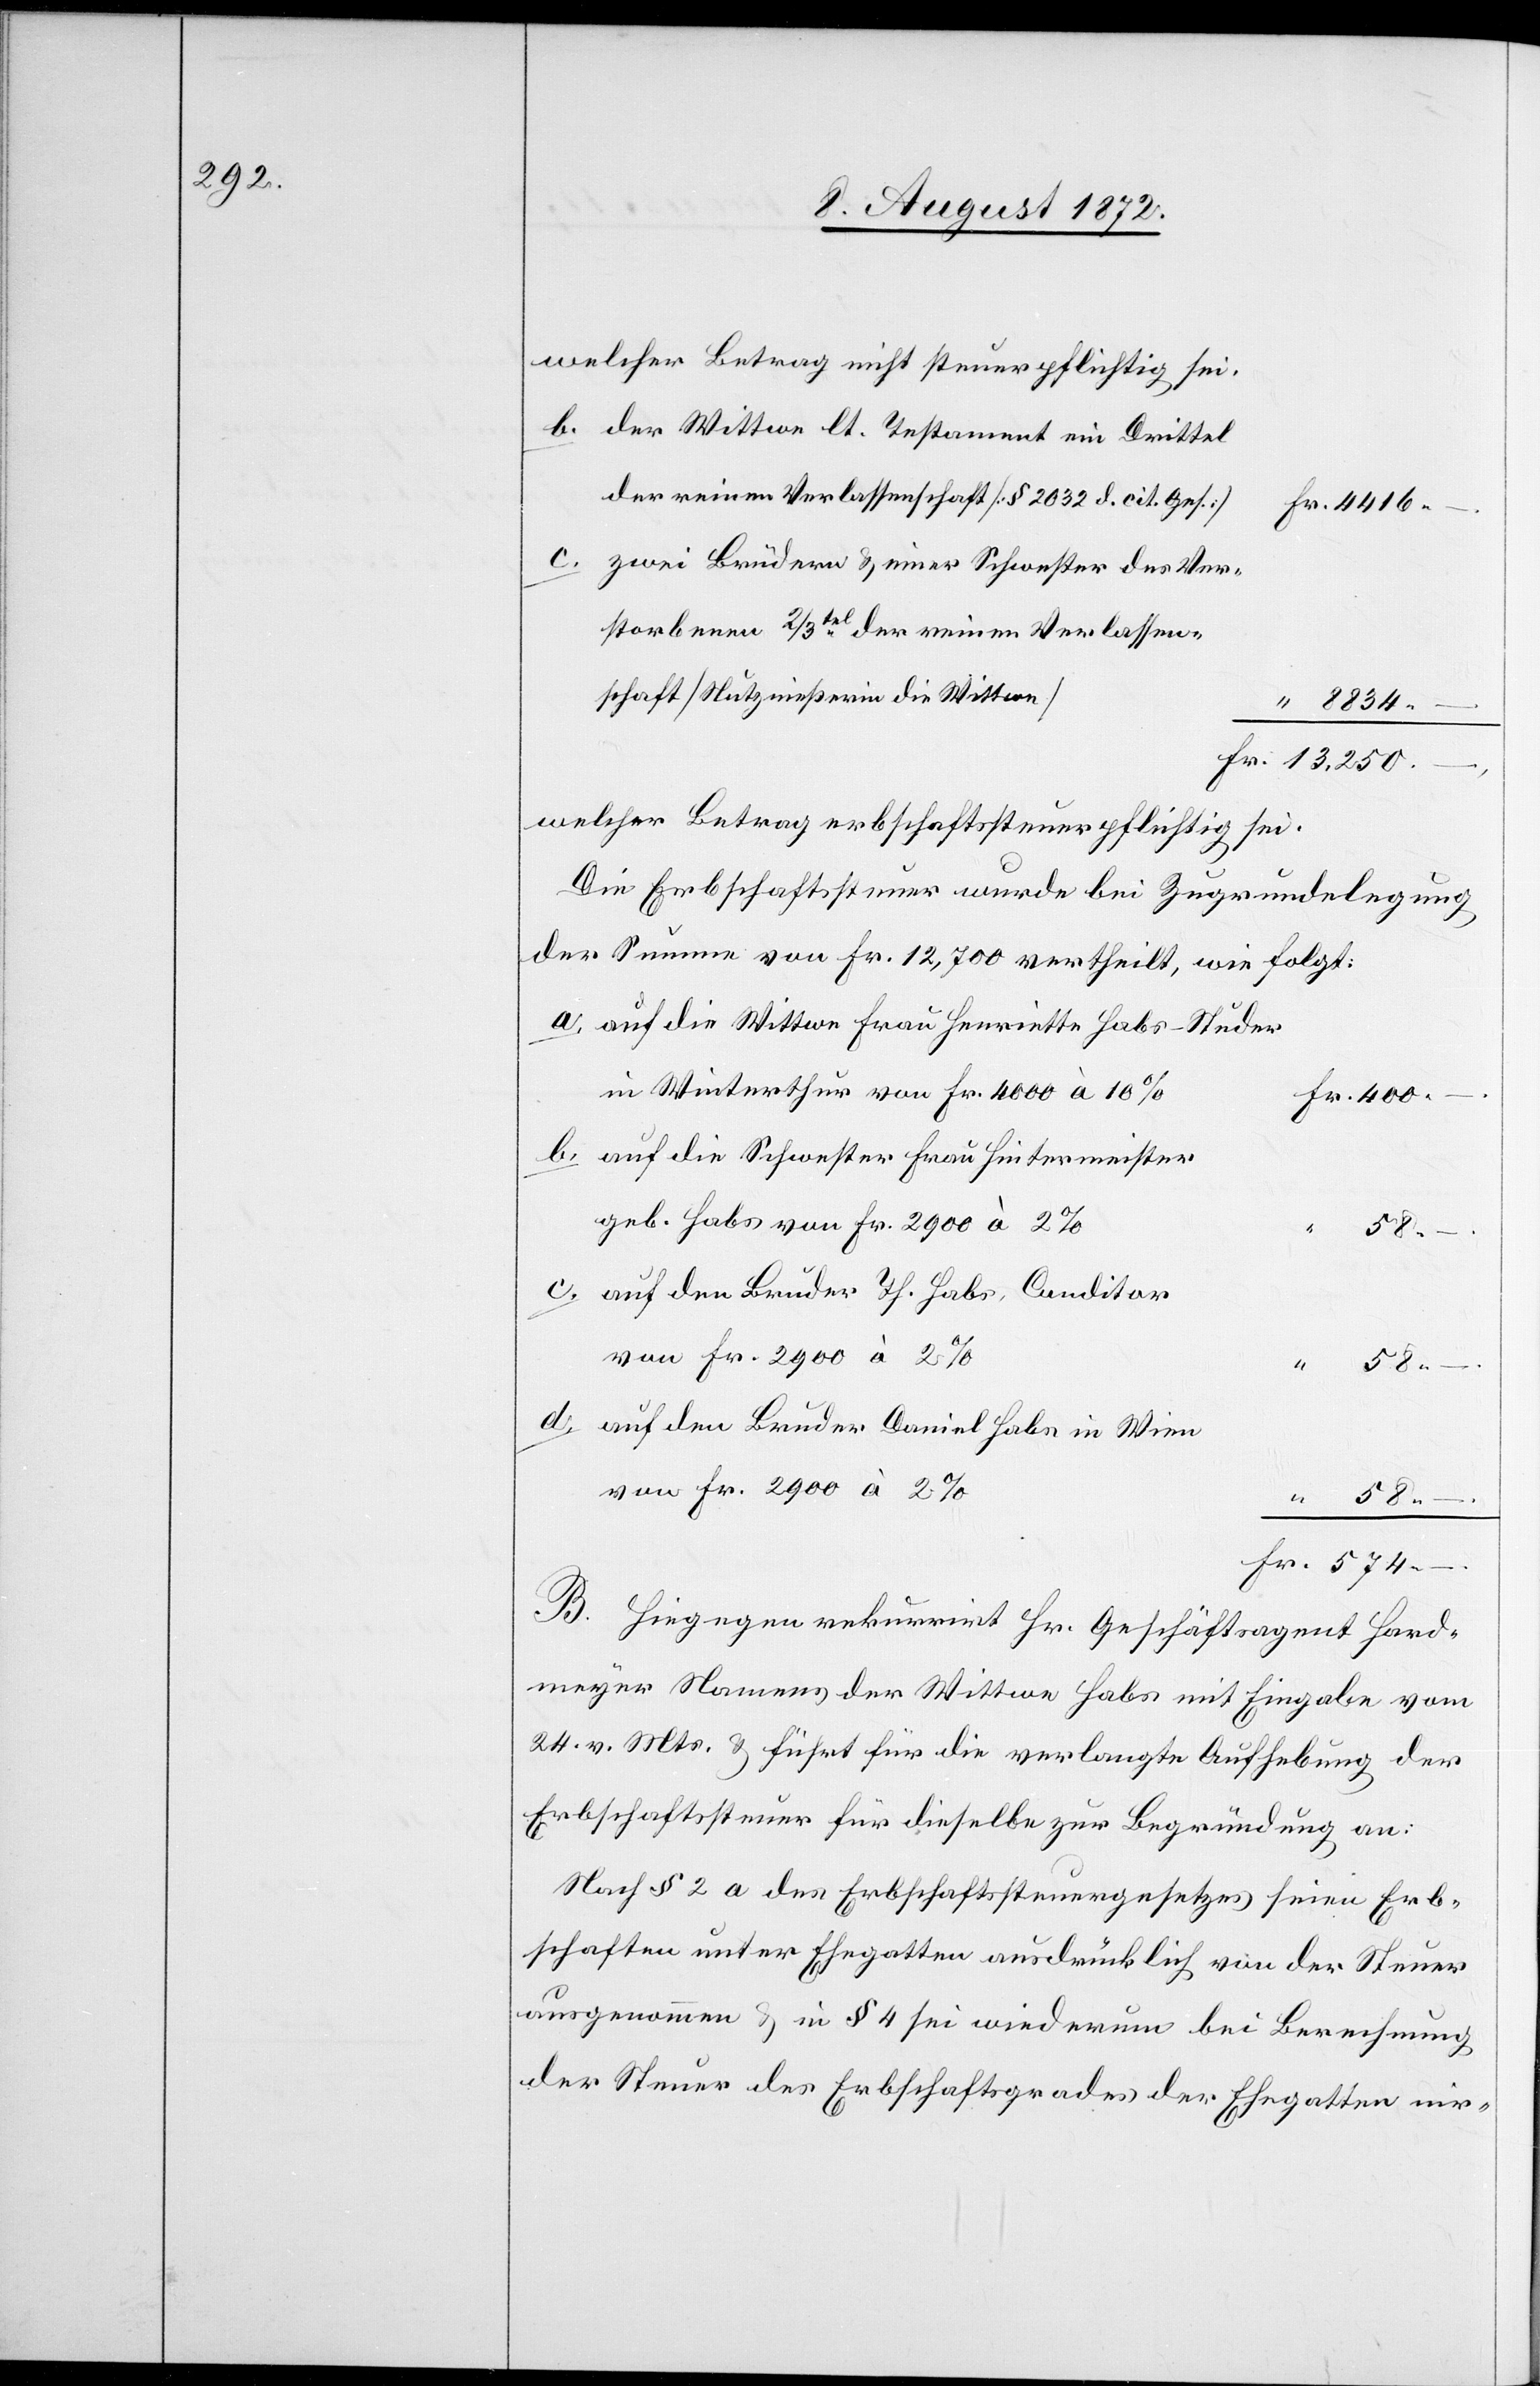
welcher Betrag nicht steuerpflichtig sei.
der Wittwe lt. Testament ein Drittel
der reinen Verlassenschaft [§ 2032 d. cit. Ges.]
Fr. 4416
zwei Brüdern u. einer Schwester des Ver¬
storbenen 2/3tel der reinen Verlassen¬
schaft [Nutznießerin die Wittwe]
Fr. 13,250.
welcher Betrag erbschaftssteuerpflichtig sei.
Die Erbschaftssteuer wurde bei Zugrundelegung
der Summe von Fr. 12,700 ertheilt, wie folgt:
auf die Wittwe Frau Henriette Habs-Studer
in Winterthur von Fr. 4000 à 10%
Fr. 400 –.
auf die Schwester Frau Hintermeister
geb. Habs von Fr. 2900 à 2%
auf den Bruder Th. Habs, Conditor
von Fr. 2900 à 2%
–.
auf den Bruder Daniel Habs in Wien
“
58 –.
d.
Fr. 574
–.
B. Hiegegen rekurrirt Hr. Geschäftsagent Hard¬
meyer Namens der Wittwe Habs mit Eingabe vom
24. v. Mts. u. führt für die verlangte Aufhebung der
Erbschaftssteuer für dieselbe zur Begründung an:
Nach § 2 a des Erbschaftssteuergesetzes seien Erb¬
schaften unter Ehegatten ausdrücklich von der Steuer
ausgenommen u. in § 4 sei wiederum bei Berechnung
der Steuer des Erbschaftsgrades der Ehegatten nir-